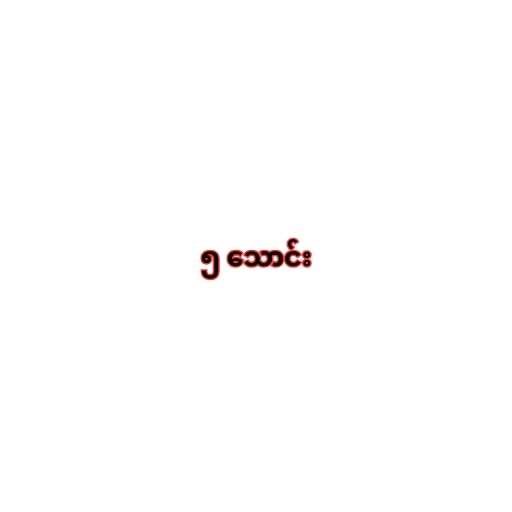
၅ သောင်း